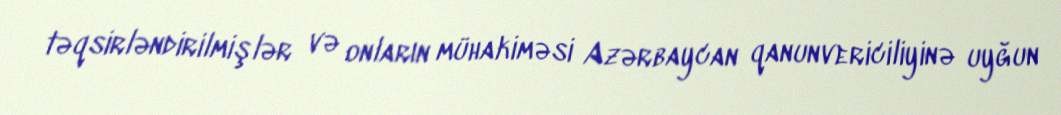
təqsirləndirilmişlər və onların mühakiməsi Azərbaycan qanunvericiliyinə uyğun